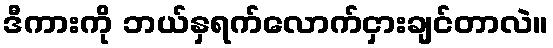
ဒီကားကို ဘယ်နှရက်လောက်ငှားချင်တာလဲ။